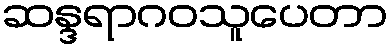
ဆန္ဒရာဂဝသူပေတာ